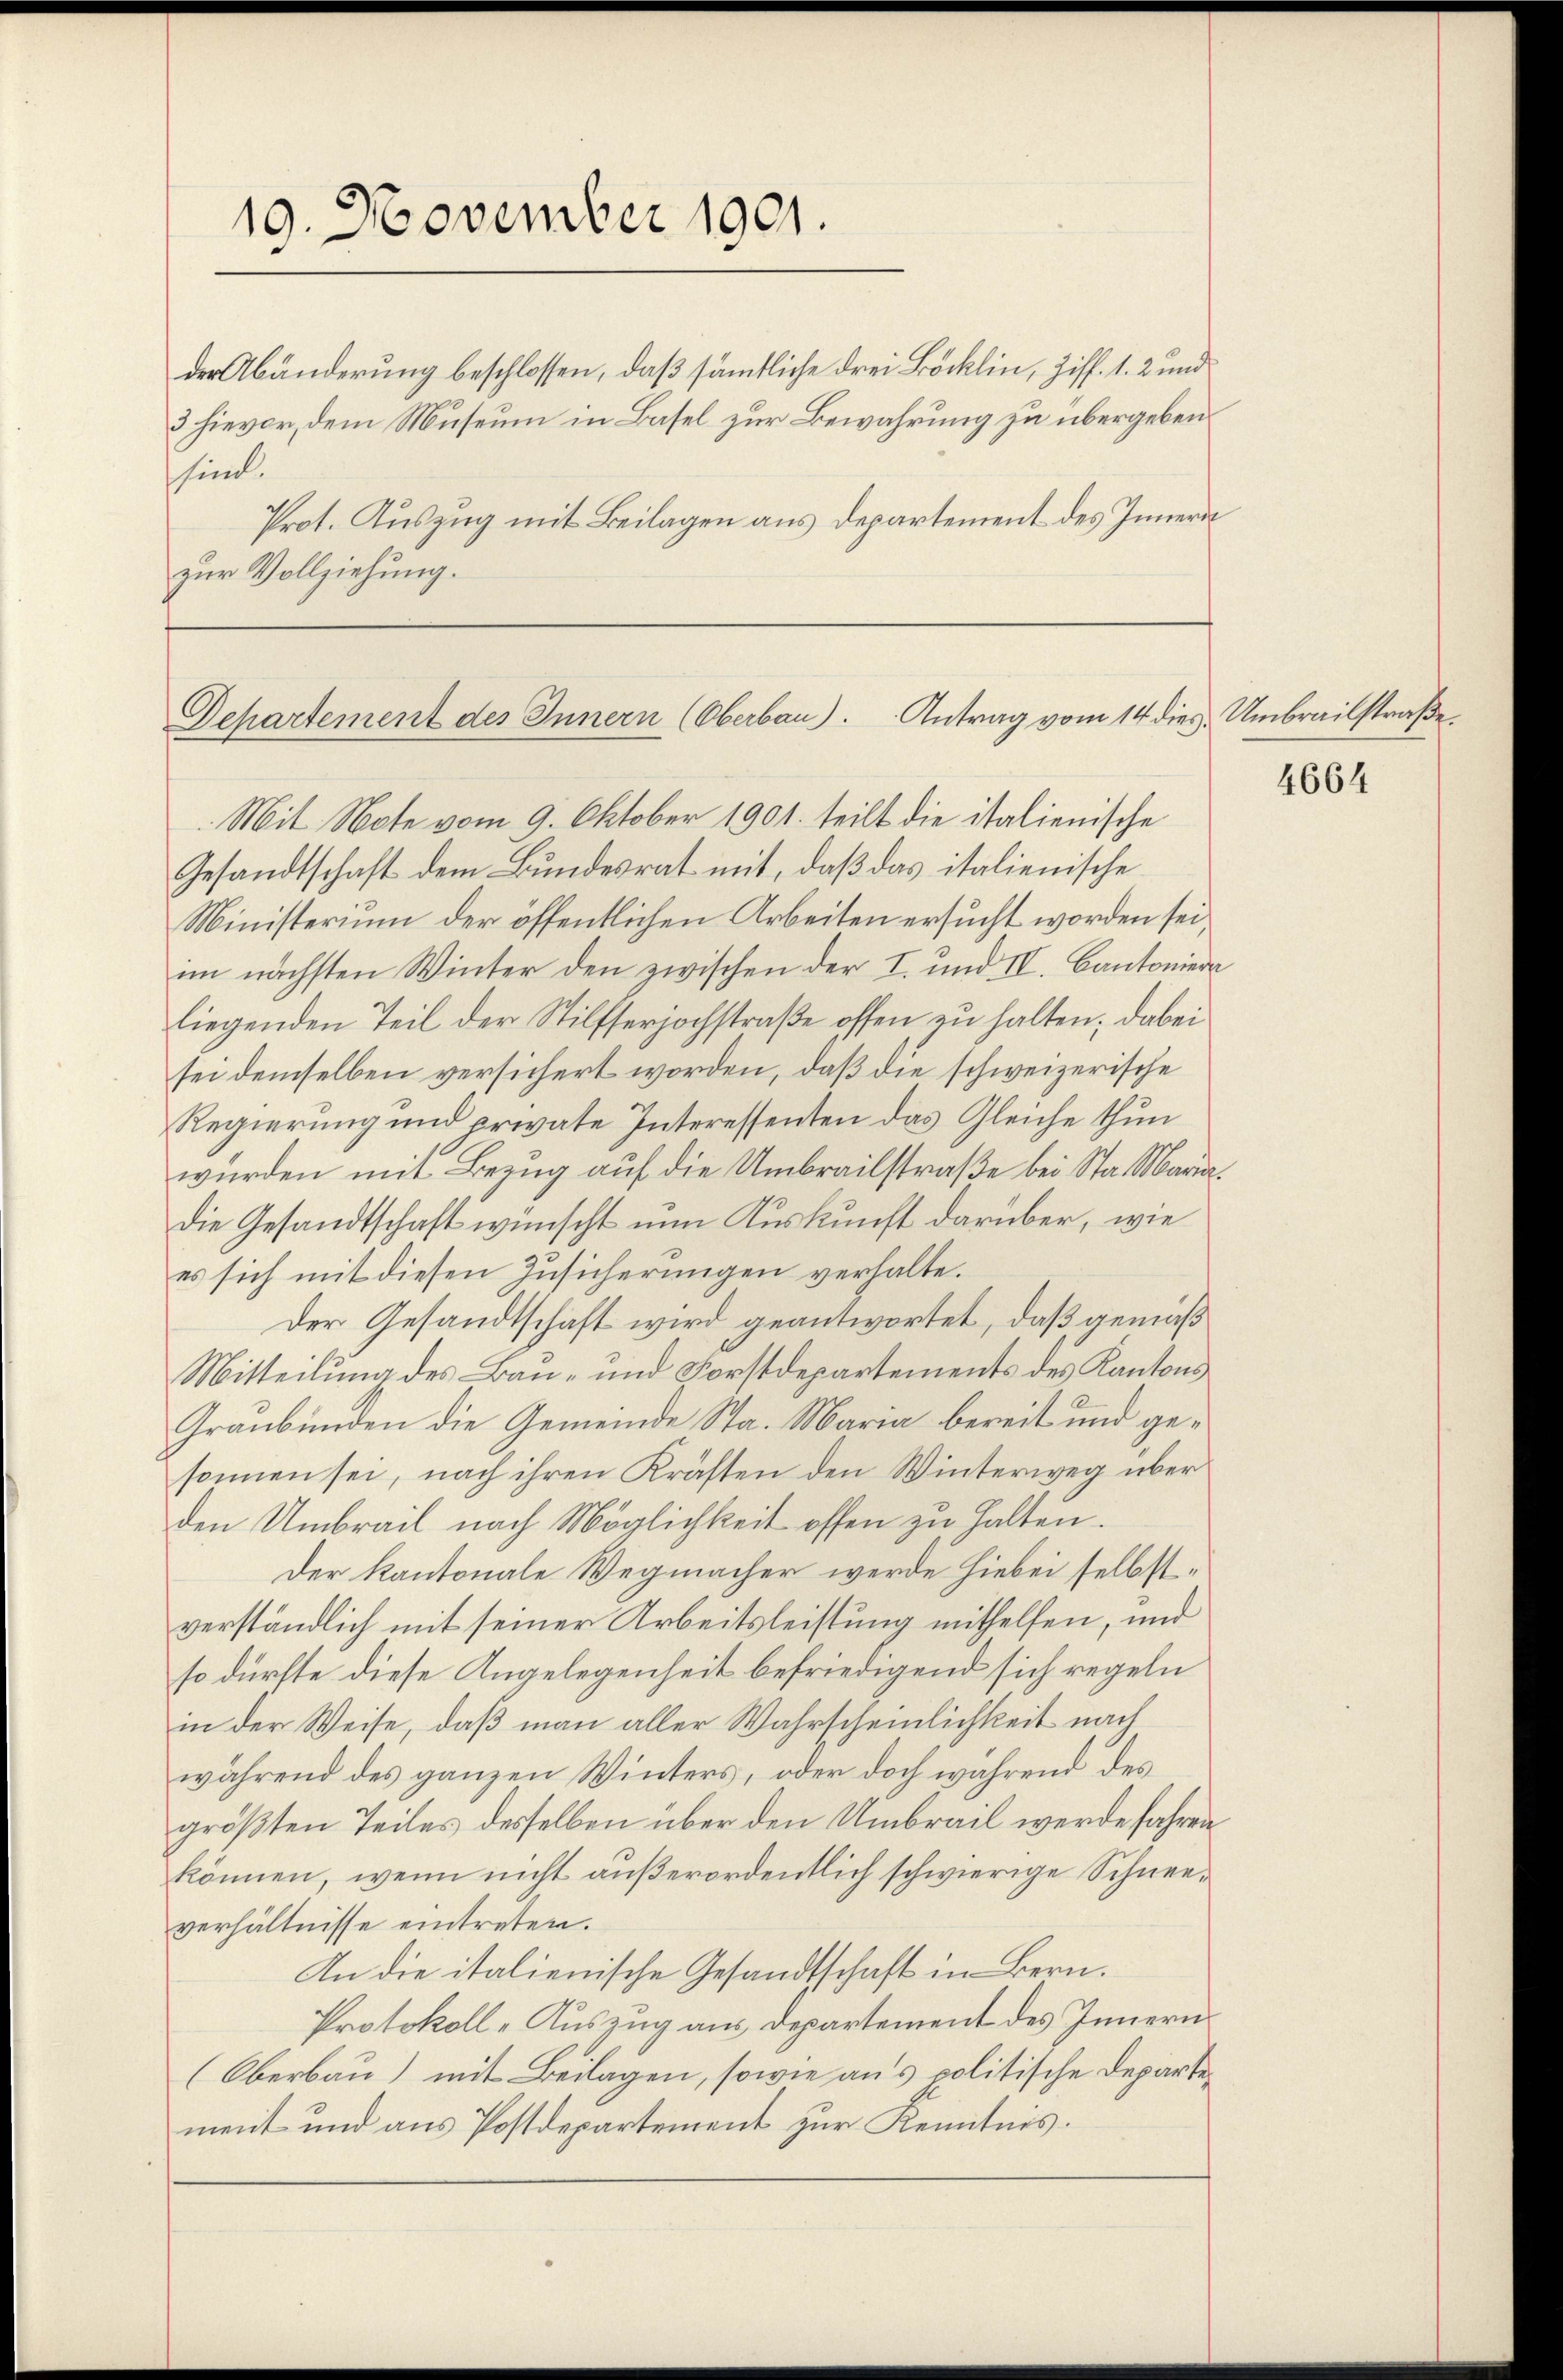
der Abänderung beschlossen, daß sämmtliche drei Böcklin, Ziff. 1. 2 und
3 hievor, dem Museum in Basel zur Bewahrung zu übergeben
Prot. Auszug mit Beilagen aus Departement des Innern
zur Vollziehung.

19. November 1901.

sind.

Departement des Innern (Oberbau). Antrag vom 14 dies Umbrailstraße.

Mit Note vom 9. Oktober 1901. teilt die italienische
Gesandtschaft dem Bundesrat mit, daß das italienische
Ministerium der öffentlichen Arbeiten ersucht worden sei,
im nächsten Winter den zwischen der I. und II. Cantoniera
liegenden Teil der Stilfserjochstraße offen zu halten; dabei
sei demselben versichert worden, daß die schweizerische
Regierung und private Interessenten das Gleiche thun
wurden mit Bezug auf die Umbrailstraße bei Sta Maria,
die Gesandtschaft wünscht nun Auskunft darüber, wie
es sich mit diesen Zusicherungen verhalte.
Der Gesandtschaft wird geantwortet, daß gemäß
Mitteilung des Bau- und Forstdepartements des Kantons
Graubünden die Gemeinde Sta. Maria bereit und gesonnen sei, nach ihren Kräften den Winterweg über
den Umbrail nach Möglichkeit offen zu halten.
Der Kantonale Wegmacher werde hiebei selbstverständlich mit seiner Arbeitsleistung mithelfen, und
so dürfte diese Angelegenheit befriedigend sich regeln
in der Weise, daß man aller Wahrscheinlichkeit nach
während des ganzen Winters, oder doch während des
größten Teiles desselben über den Umbrail werde fahren
können, wenn nicht außerordentlich schwierige Schneeverhältnisse eintreten.
An die italienische Gesandtschaft in Bern.
Protokoll-Auszug aus Departement des Innern
(Oberbau) mit Beilagen, sowie aus politische Departement und aus Postdepartement zur Kenntnis.

4664